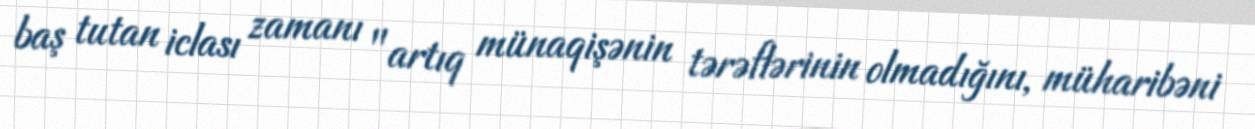
baş tutan iclası zamanı "artıq münaqişənin tərəflərinin olmadığını, müharibəni